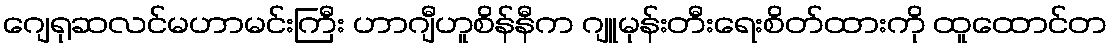
ဂျေရုဆလင်မဟာမင်းကြီး ဟာဂျီဟူစိန်နီက ဂျူမုန်းတီးရေးစိတ်ထားကို ထူထောင်တ